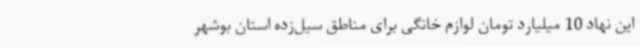
این نهاد 10 میلیارد تومان لوازم خانگی برای مناطق سیل‌زده استان بوشهر